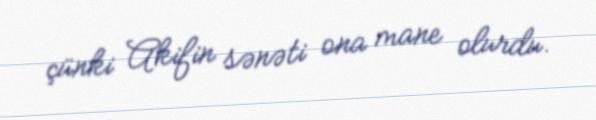
çünki Akifin sənəti ona mane olurdu.